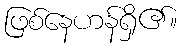
ဖြစ်နေဟန်ရှိ၏။